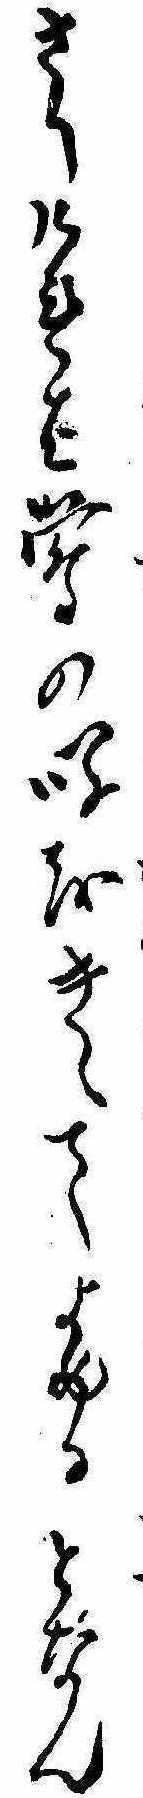
さりけれは鴬の鳴をきゝてよめるとなん